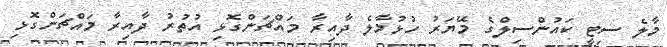
މާލެ ސިޓީ ކައުންސިލްގެ މޭޔަރު ހުޅުމާލެ ދާއިރާ މައްޗަންގޮޅި އުތުރު ދާއިރާ މައްޗަންގޮޅި